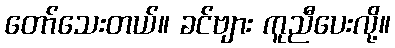
တော်သေးတယ်။ ခင်ဗျား ကူညီပေးလို့။